Report of an investigation in regard to the prevalence of stegomyia and other mosquitoes in Karachi, and the measures necessary for their control
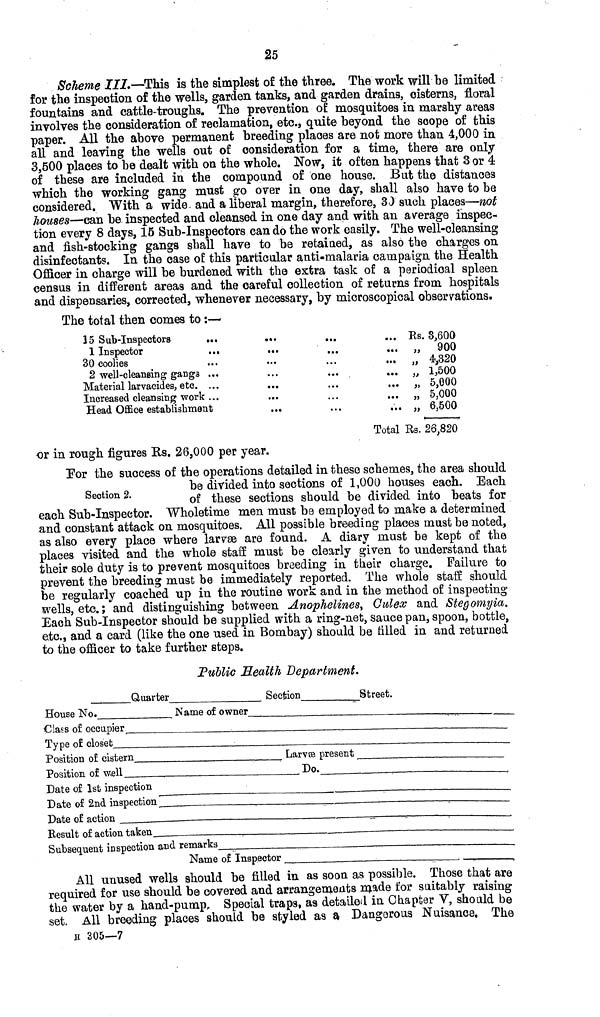
25
Scheme III.—This is the simplest of the three. The work will be limited
for the inspection of the wells, garden tanks, and garden drains, cisterns, floral
fountains and cattle-troughs. The prevention of mosquitoes in marshy areas
involves the consideration of reclamation, etc., quite beyond the scope of this
paper. All the above permanent breeding places are not more than 4,000 in
all and leaving the wells out of consideration for a time, there are only
3,500 places to be dealt with ou the whole. Now, it often happens that 3 or 4
of these are included in the compound of one house. But the distances
which the working gang must go over in one day, shall also have to be
considered. With a wide, and a liberal margin, therefore, 30 such places—not
houses—can be inspected and cleansed in one day and with an average inspec-
tion every 8 days, 15 Sub-Inspectors can do the work easily. The well-cleansing
and fish-stocking gangs shall have to be retained, as also the charges on
disinfectants. In the case of this particular anti-malaria campaign the Health
Officer in charge will be burdened with the extra task of a periodical spleen
census in different areas and the careful collection of returns from hospitals
and dispensaries, corrected, whenever necessary, by microscopical observations.
The total then comes to :—
15 Sub-Inspectors
1 Inspector
30 coolies
2 well-cleansing gangs
Material larvacides, etc.
Increased cleansing work
Head Office establishment
• ••
*••
• • •
• •.
...
...
• • •
,,,
•••
•••
...
...
Rs.
)i
)}
3,600
900
4,320
1,500
5,000
5,000
6,500
Total Rs. 26,820
or in rough figures Rs. 26,000 per year.
Section 2.
For the success of the operations detailed in these schemes, the area should
be divided into sections of 1,000 houses each. Each
of these sections should be divided into beats for
each Sub-Inspector. Wholetime men must be employed to make a determined
and constant attack on mosquitoes. All possible breeding places must be noted,
as also every place where larvae are found. A diary must be kept of the
places visited and the whole staff must be clearly given to understand that
their sole duty is to prevent mosquitoes breeding in their charge. Failure to
prevent the breeding must be immediately reported. The whole staff should
be regularly coached up in the routine work and in the method of inspecting
wells, etc. ; and distinguishing between Anophelines, Gulex and Stegomyia.
Each Sub-Inspector should be supplied with a ring-net, sauce pan, spoon, bottle,
etc., and a card (like the one used in Bombay) should be tilled in and returned
to the officer to take further steps.
Public Health Department.
Quarter
Section
Street.
House No.
Name of owner
Class of occupier
Type of closet
.
Position o£ cistern
Larvae present
Position of well
Do.
.
Date of 1st inspection
Date of 2nd
inspection
Date of action
Result of action taken
Subsequent inspection and remarks__
Name of Inspector
All unused wells should be filled in as soon as possible. Those that are
required for use should be covered and arrangements made for suitably raising
the water by a hand-pump, Special traps, as detailed in Chapter V, should be
set. All breeding places should be styled as a Dangerous Nuisance. The
H 305—7